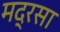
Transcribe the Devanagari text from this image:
मद्रसा